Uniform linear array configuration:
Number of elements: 8
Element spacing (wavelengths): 0.25
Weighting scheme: binomial
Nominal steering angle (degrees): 0
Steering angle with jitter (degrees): -1.626
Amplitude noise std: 0.05
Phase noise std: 0.05

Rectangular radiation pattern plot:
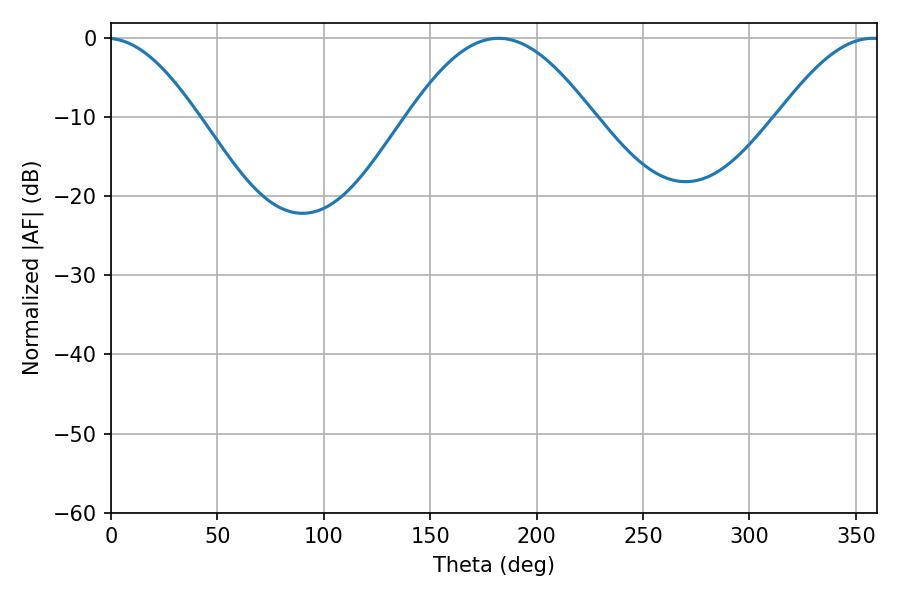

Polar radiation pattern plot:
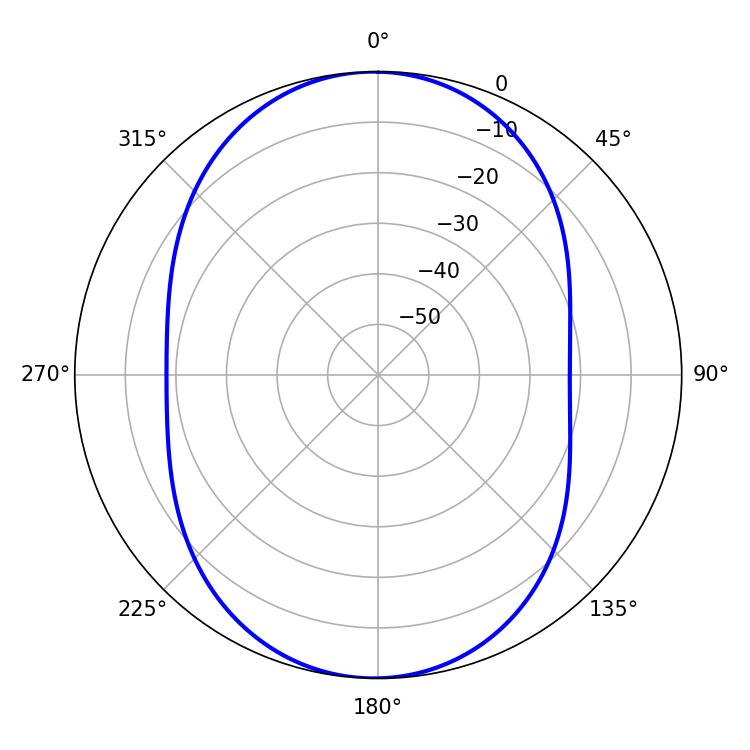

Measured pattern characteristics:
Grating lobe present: FALSE
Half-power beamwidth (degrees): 46.8
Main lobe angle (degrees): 182.16